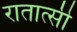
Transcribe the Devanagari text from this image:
रातात्सी